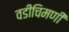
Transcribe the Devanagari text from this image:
वडीचिमणी